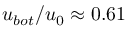
{ { u } _ { b o t } } / { { u } _ { 0 } } \approx 0 . 6 1